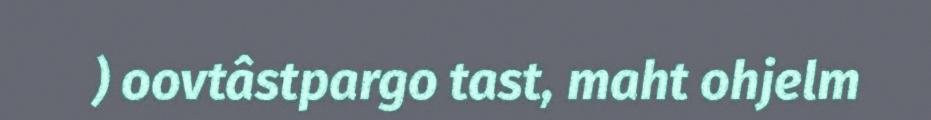
) oovtâstpargo tast, maht ohjelm